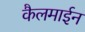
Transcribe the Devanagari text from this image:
कैलमाईन